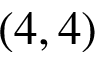
( 4 , 4 )